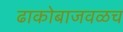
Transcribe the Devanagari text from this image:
ढाकोबाजवळच